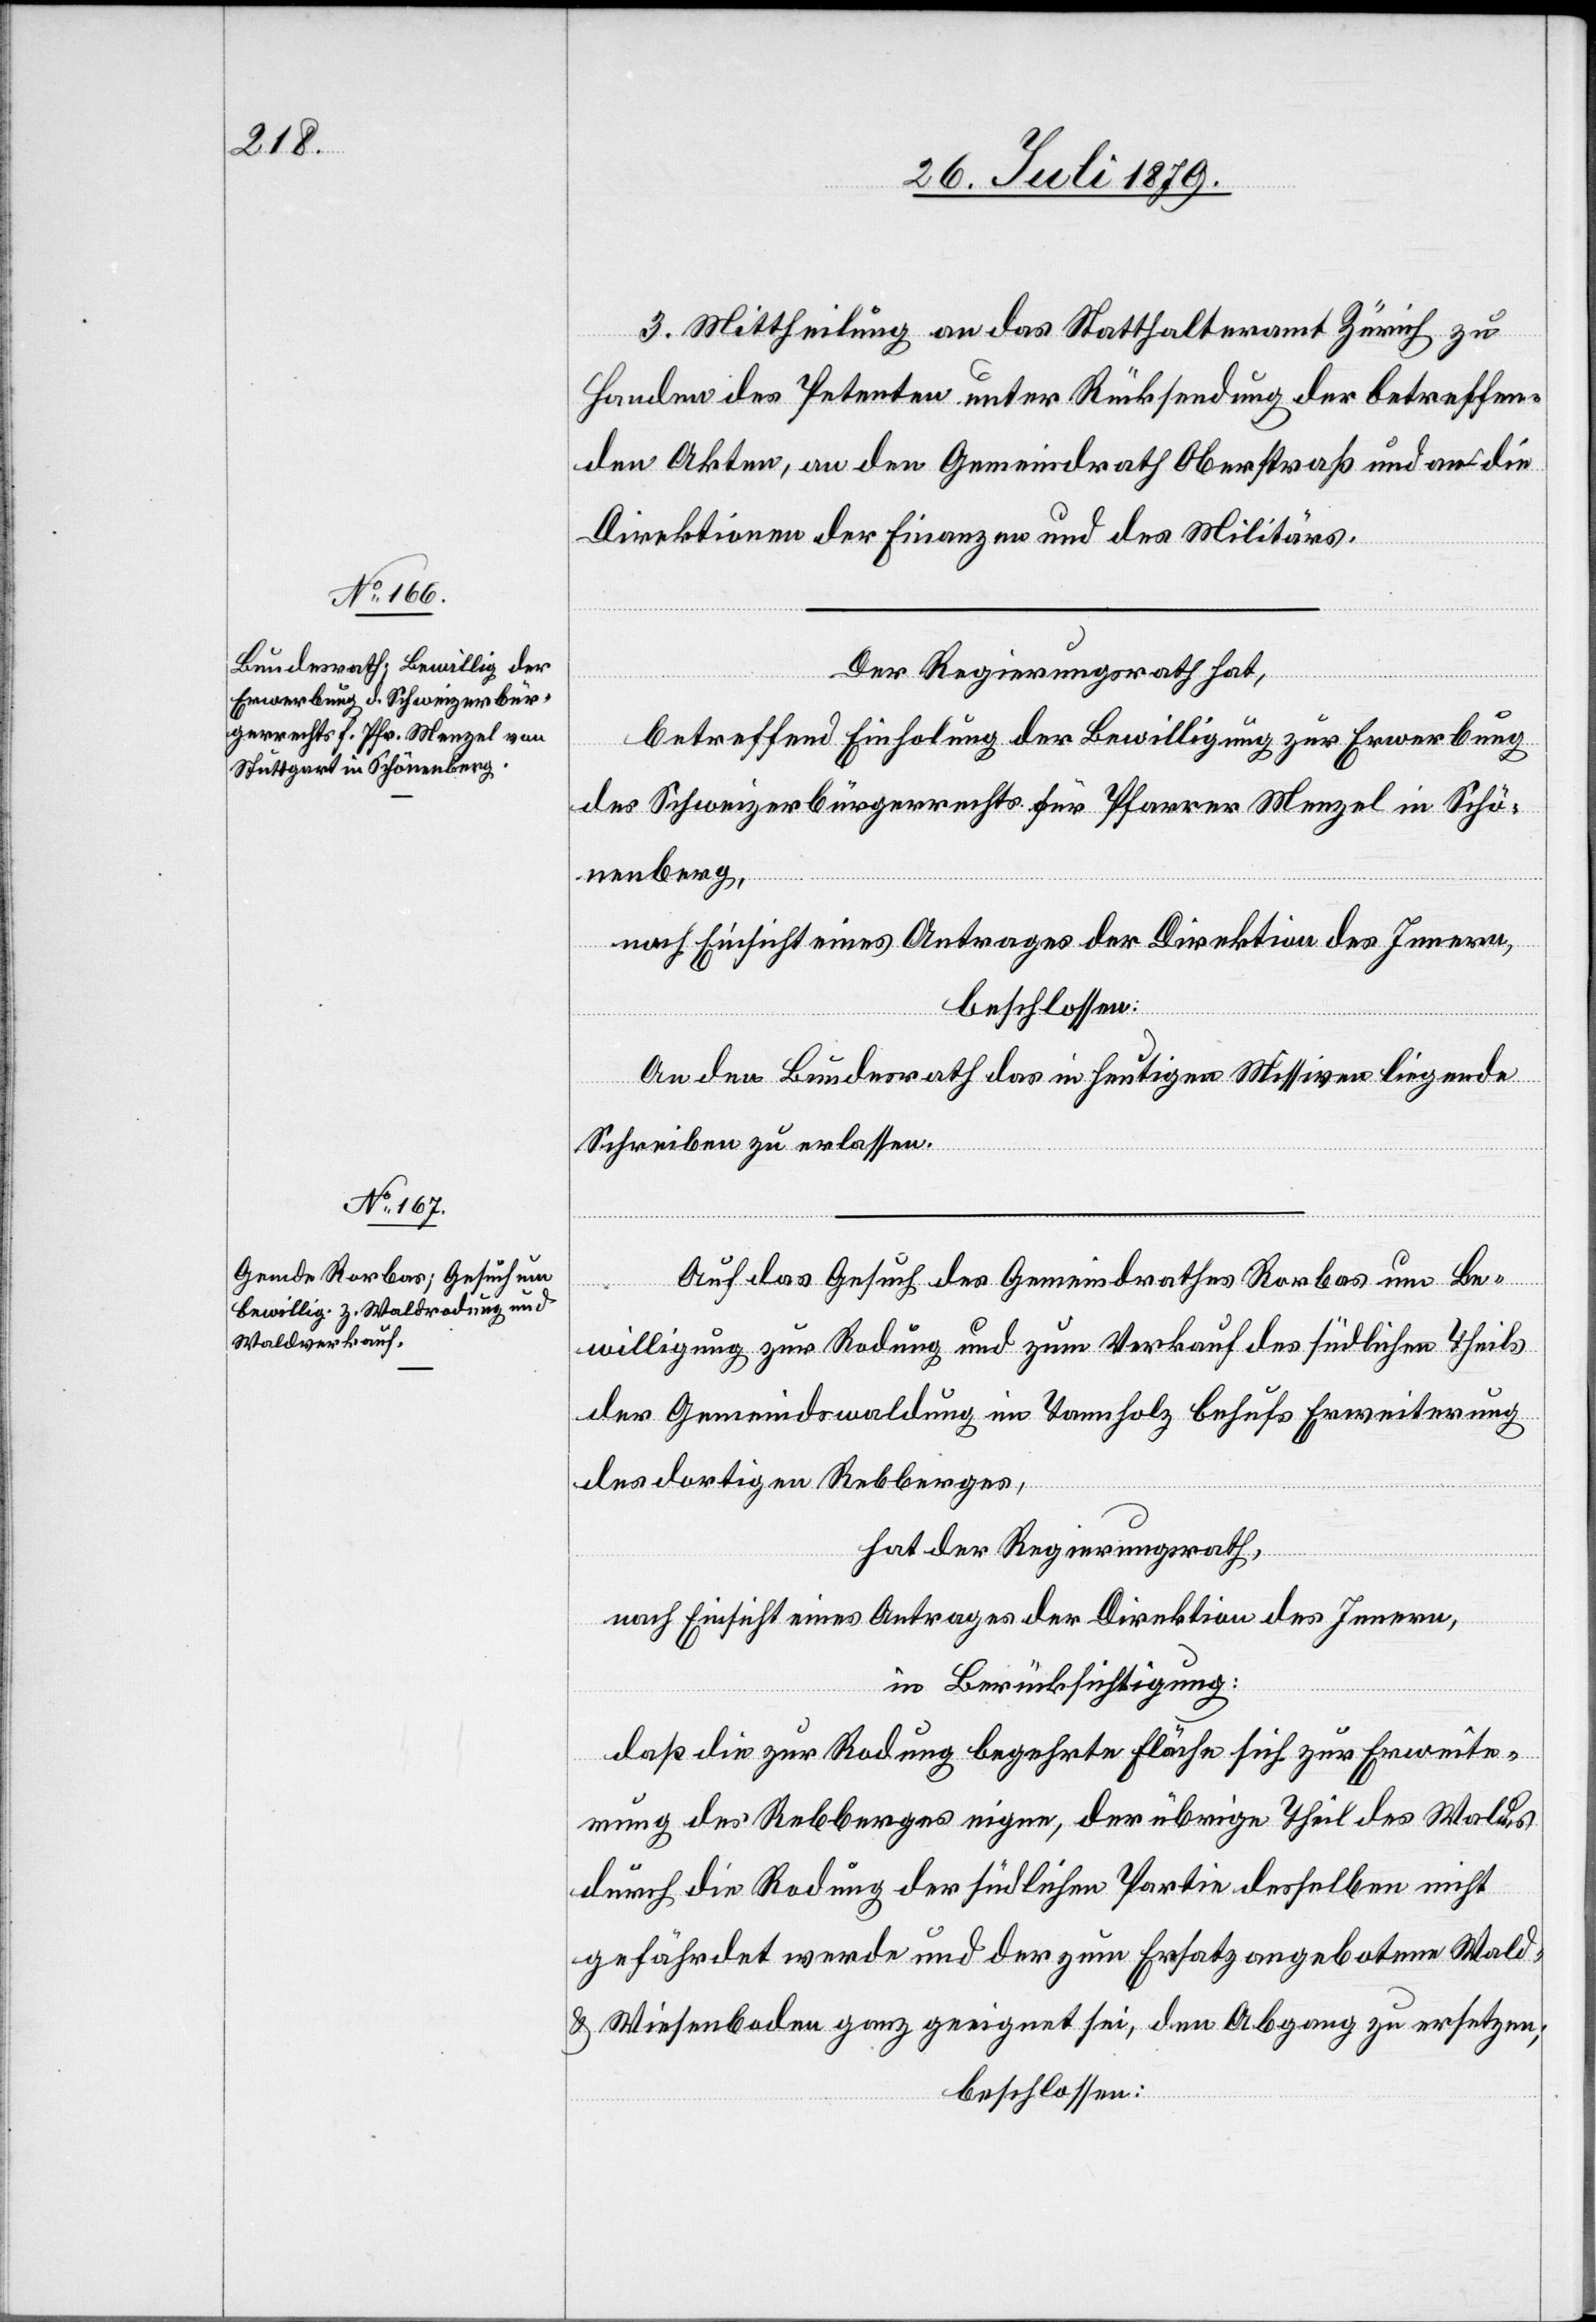
3. Mittheilung an das Statthalteramt Zürich zu
Handen des Petenten unter Rücksendung der betreffen¬
den Akten, an den Gemeindrath Oberstraß und an die
Direktionen der Finanzen und des Militärs.
Der Regierungsrath hat,
betreffend Einholung der Bewilligung zur Erwerbung
des Schweizerbürgerrechts für Pfarrer Menzel in Schö¬
nenberg,
nach Einsicht eines Antrages der Direktion des Innern,
beschlossen:
An den Bundesrath das in heutigen Missiven liegende
Schreiben zu erlassen.
Auf das Gesuch des Gemeindrathes Rorbas um Be¬
willigung zur Rodung und zum Verkauf des südlichen Theils
der Gemeindswaldung im Tannholz behufs Erweiterung
des dortigen Rebberges,
hat der Regierungsrath,
nach Einsicht eines Antrages der Direktion des Innern,
in Berücksichtigung:
daß die zur Rodung begehrte Fläche sich zur Erweite¬
rung des Rebberges eigne, der übrige Theil des Waldes
durch die Rodung der südlichen Partie desselben nicht
gefährdet werde und der zum Ersatz angebotenen Wald-
& Wiesenboden ganz geeignet sei, den Abgang zu ersetzen;
beschlossen: